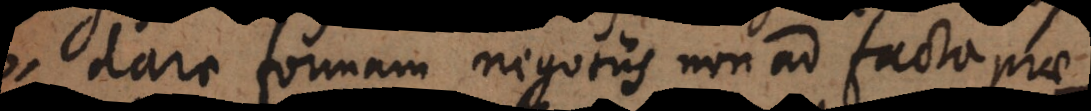
dare formam negotiis non ad facta